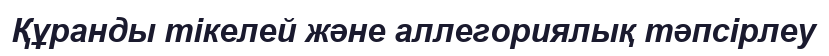
Құранды тікелей және аллегориялық тәпсірлеу